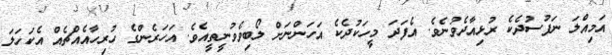
އަމިއްލަ ނަފުސުދެކެ ރުޅިއާދެވުނެވެ. އެފަދަ މީހަކުދެކެ އަހަންނަށް ލޯބިވެވުނީތީއެވެ. އަހަރެންގެ ހުރިހާއެއްޗެއް އެކަހަލަ